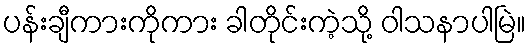
ပန်းချီကားကိုကား ခါတိုင်းကဲ့သို့ ဝါသနာပါမြဲ။